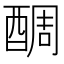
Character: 𨡑